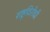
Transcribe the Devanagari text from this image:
राष्टृविरोधी